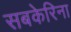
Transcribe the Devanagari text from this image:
सबकेरिना